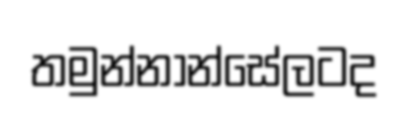
තමුන්නාන්සේලටද